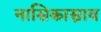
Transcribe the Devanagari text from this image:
नासिकास्राव